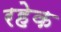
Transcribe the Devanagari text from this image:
रहेक